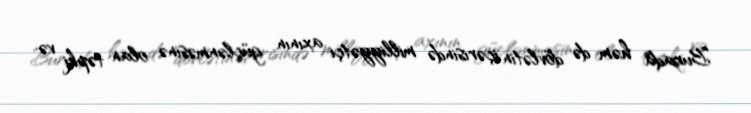
Burada həm də dövlətin içərisində milliyyətçi axının güclənməsinə olan təpki və